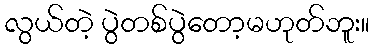
လွယ်တဲ့ ပွဲတစ်ပွဲတော့မဟုတ်ဘူး။